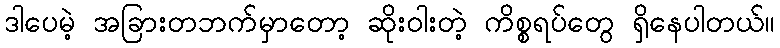
ဒါပေမဲ့ အခြားတဘက်မှာတော့ ဆိုးဝါးတဲ့ ကိစ္စရပ်တွေ ရှိနေပါတယ်။